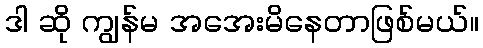
ဒါ ဆို ကျွန်မ အအေးမိနေတာဖြစ်မယ်။